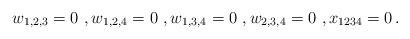
LaTeX: \begin{align*} w_{1,2,3}=0\ ,w_{1,2,4}=0\ ,w_{1,3,4}=0\ ,w_{2,3,4}=0\ , x_{1234}=0\,.\end{align*}